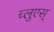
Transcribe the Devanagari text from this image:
च्लुएस्